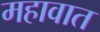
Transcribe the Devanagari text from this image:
महावात